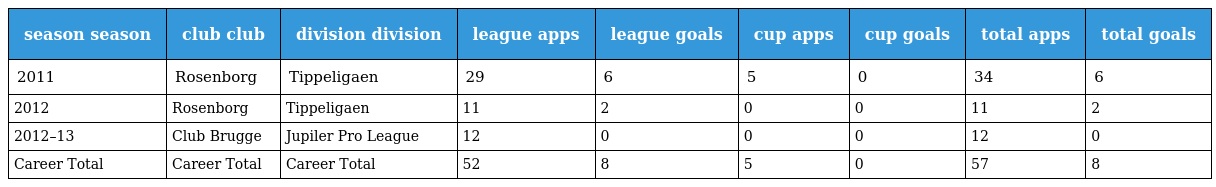
| season season | club club | division division | league apps | league goals | cup apps | cup goals | total apps | total goals |
 | --- | --- | --- | --- | --- | --- | --- | --- | --- |
 | 2011 | Rosenborg | Tippeligaen | 29 | 6 | 5 | 0 | 34 | 6 |
 | 2012 | Rosenborg | Tippeligaen | 11 | 2 | 0 | 0 | 11 | 2 |
 | 2012–13 | Club Brugge | Jupiler Pro League | 12 | 0 | 0 | 0 | 12 | 0 |
 | Career Total | Career Total | Career Total | 52 | 8 | 5 | 0 | 57 | 8 |